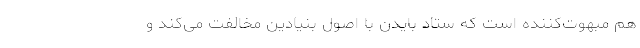
هم مبهوت‌کننده است که ستاد بایدن با اصول بنیادین مخالفت می‌کند و